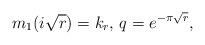
LaTeX: \begin{align*}m_1(i\sqrt{r})=k_r\textrm{, }q=e^{-\pi \sqrt{r}},\end{align*}